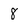
Character: 8